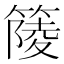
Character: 䉄